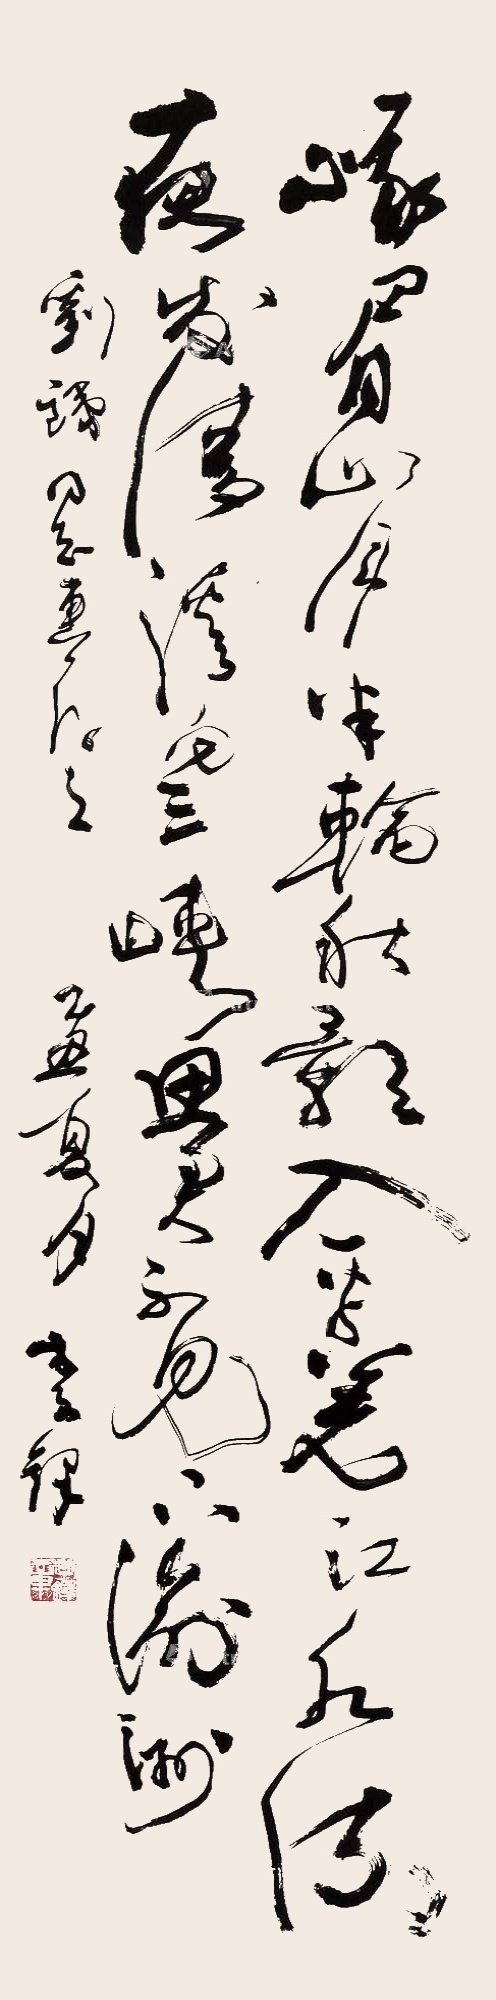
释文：峨眉山月半轮秋，影入平羌江水流。夜发清溪向三峡，思君不见下渝州。刘*同志惠存之。乙丑夏月。李铎。